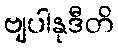
ဗျပါနုဒီတိ